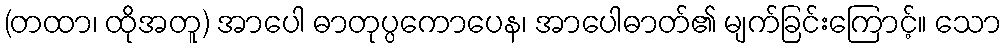
(တထာ၊ ထိုအတူ) အာပေါ ဓာတုပ္ပကောပေန၊ အာပေါဓာတ်၏ မျက်ခြင်းကြောင့်။ သော